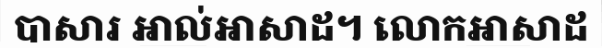
បាសារ អាល់អាសាដ។ លោកអាសាដ